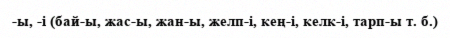
-ы, -і (бай-ы, жас-ы, жан-ы, желп-і, кең-і, келк-і, тарп-ы т. б.)